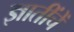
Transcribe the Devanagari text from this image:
ज्ञातींचें